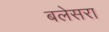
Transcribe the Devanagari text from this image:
बलेसरा